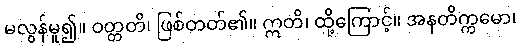
မလွန်မူ၍။ ဝတ္တတိ၊ ဖြစ်တတ်၏။ ဣတိ၊ ထို့ကြောင့်။ အနတိက္ကမော၊